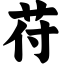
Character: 苻